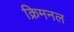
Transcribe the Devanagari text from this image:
क्रिमनल